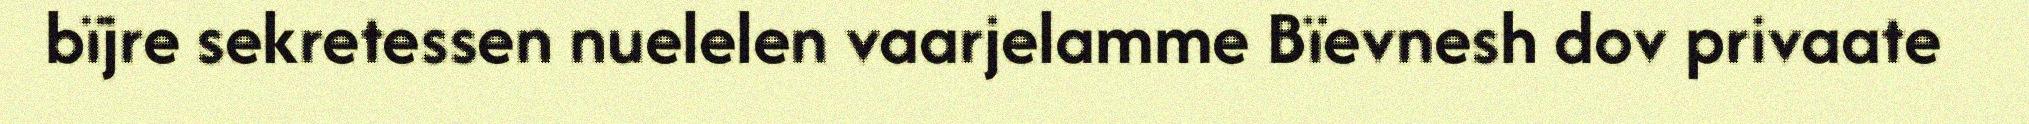
bïjre sekretessen nuelelen vaarjelamme Bïevnesh dov privaate